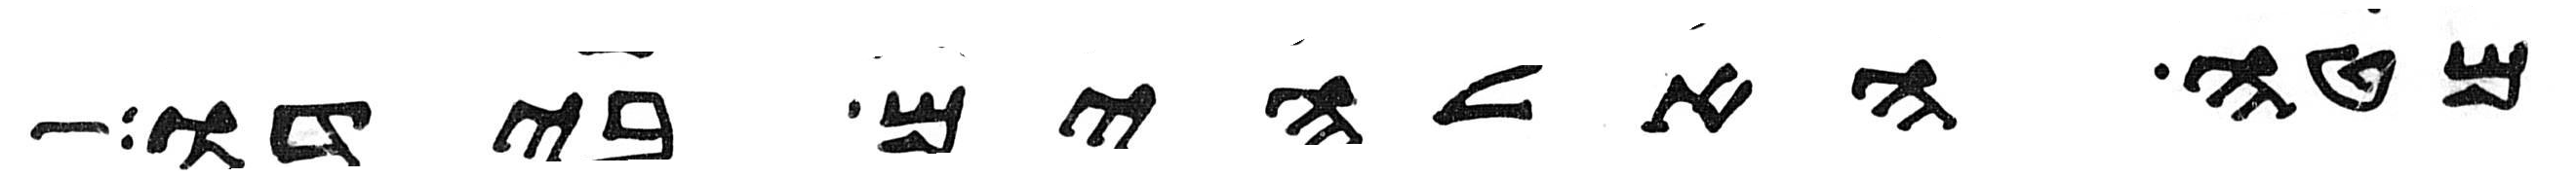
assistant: מטה האלהים בידו